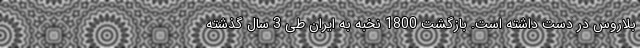
بلاروس در دست داشته است. بازگشت 1800 نخبه به ایران طی 3 سال گذشته